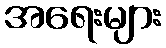
အရေးများ